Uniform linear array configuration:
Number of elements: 4
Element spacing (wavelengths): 0.25
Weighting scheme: cosine
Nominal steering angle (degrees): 60
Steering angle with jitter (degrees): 60.218
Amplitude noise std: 0.05
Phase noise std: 0.05

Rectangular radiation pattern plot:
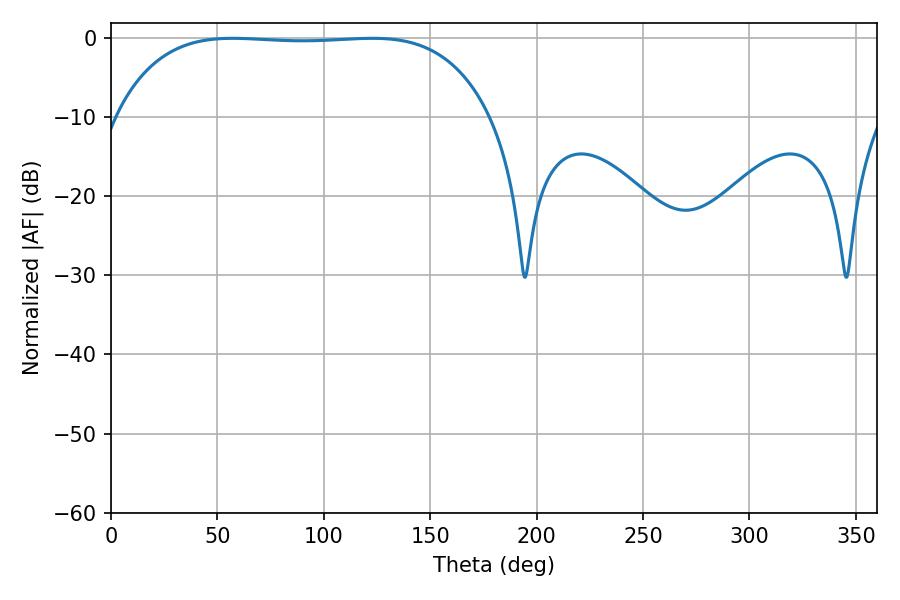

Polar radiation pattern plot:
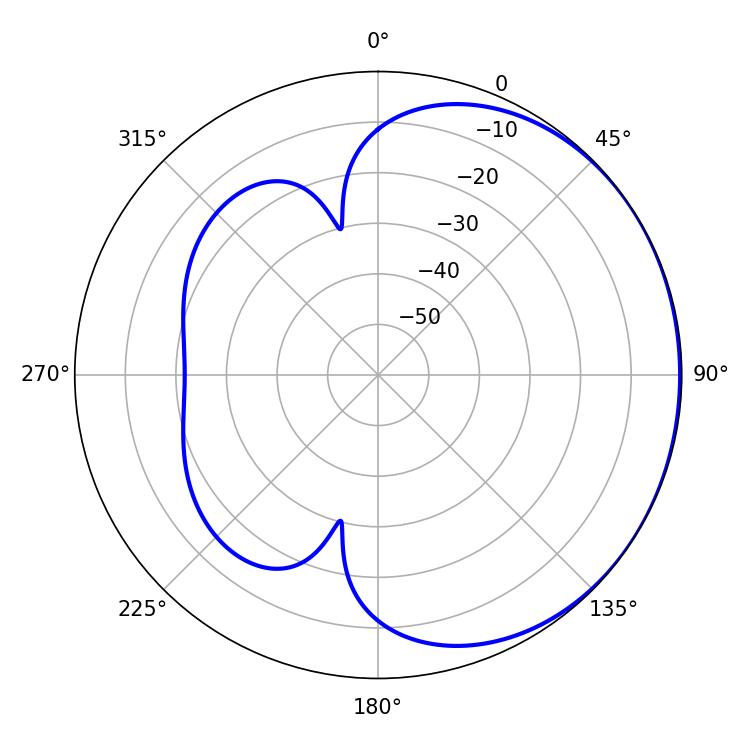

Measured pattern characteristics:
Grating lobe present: FALSE
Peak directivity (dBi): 0.6254
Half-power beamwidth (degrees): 137.52
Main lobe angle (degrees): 57.06